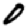
Digit: 0